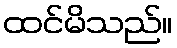
ထင်မိသည်။